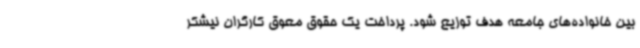
بین خانواده‌های جامعه هدف توزیع شود. پرداخت یک حقوق معوق کارگران نیشکر